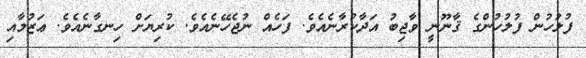
ފުލުހުން ފުލުހުންގެ ޤާނޫނީ ވާޖިބު އަދާކުރާނެއެވެ. ފަހެއް ނުޖެހޭނެއެވެ. ކުރިޔަށް ހިނގާނެއެވެ. ޢަޒުމާއި